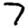
Digit: 7